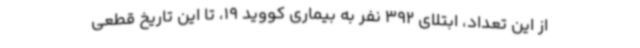
از این تعداد، ابتلای 392 نفر به بیماری کووید 19، تا این تاریخ قطعی